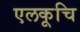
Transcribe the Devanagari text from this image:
एलकूचि